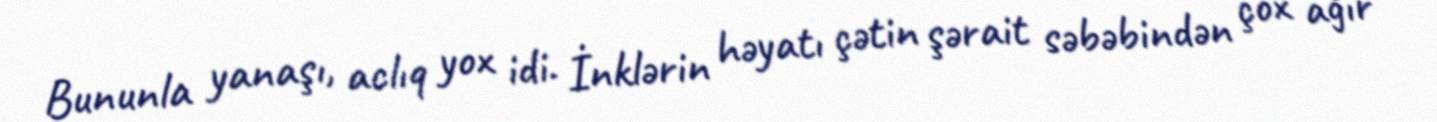
Bununla yanaşı, aclıq yox idi. İnklərin həyatı çətin şərait səbəbindən çox ağır